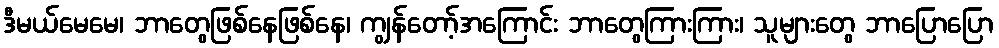
ဒီမယ်မေမေ၊ ဘာတွေဖြစ်နေဖြစ်နေ၊ ကျွန်တော့်အကြောင်း ဘာတွေကြားကြား၊ သူများတွေ ဘာပြောပြော